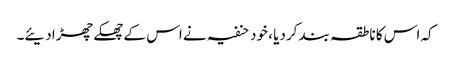
کہ اس کا ناطقہ بند کردیا ، خود حنفیہ نے اس کے چھکے چھڑادیئے۔